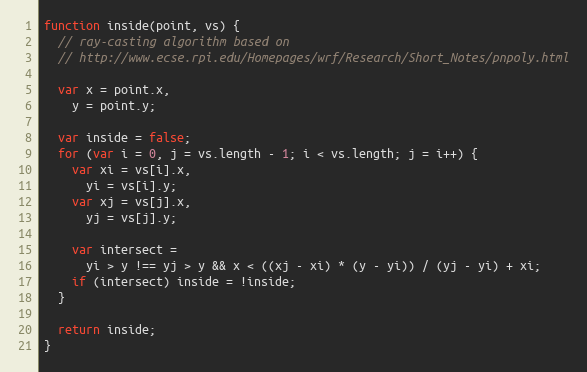
Language: JavaScript
function inside(point, vs) {
  // ray-casting algorithm based on
  // http://www.ecse.rpi.edu/Homepages/wrf/Research/Short_Notes/pnpoly.html

  var x = point.x,
    y = point.y;

  var inside = false;
  for (var i = 0, j = vs.length - 1; i < vs.length; j = i++) {
    var xi = vs[i].x,
      yi = vs[i].y;
    var xj = vs[j].x,
      yj = vs[j].y;

    var intersect =
      yi > y !== yj > y && x < ((xj - xi) * (y - yi)) / (yj - yi) + xi;
    if (intersect) inside = !inside;
  }

  return inside;
}